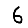
Digit: 6